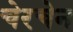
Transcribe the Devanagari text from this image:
चेरचेन